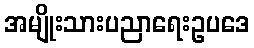
အမျိုးသားပညာရေးဥပဒေ